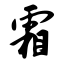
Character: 霜